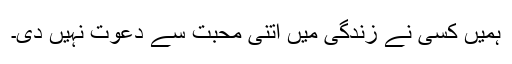
ہمیں کسی نے زندگی میں اتنی محبت سے دعوت نہیں دی۔